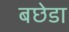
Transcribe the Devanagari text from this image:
बछेडा